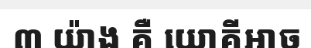
៣ យ៉ាង គឺ យោគីឤច